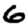
Digit: 6